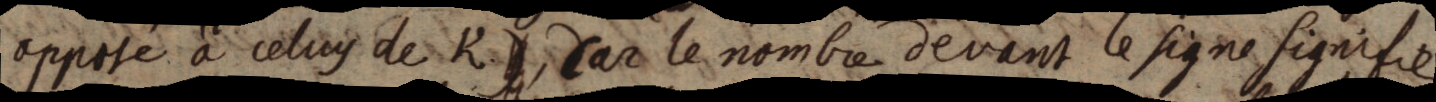
opposé à celuy de K, Car le nombre devant le signe signifie